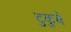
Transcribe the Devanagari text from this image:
टुकुचे